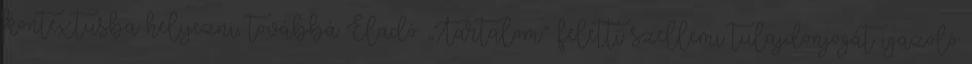
kontextusba helyezni, továbbá Eladó „Tartalom” feletti szellemi tulajdonjogát igazoló